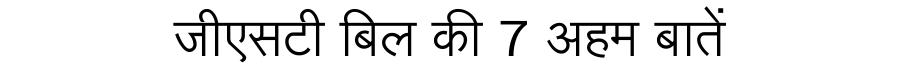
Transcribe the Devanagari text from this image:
जीएसटी बिल की 7 अहम बातें